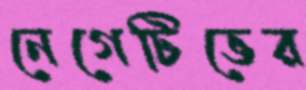
নেগেটিভের